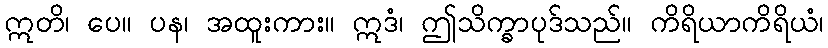
ဣတိ၊ ပေ။ ပန၊ အထူးကား။ ဣဒံ၊ ဤသိက္ခာပုဒ်သည်။ ကိရိယာကိရိယံ၊